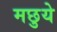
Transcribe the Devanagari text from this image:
मछुये